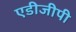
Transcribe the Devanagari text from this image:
एडीजीपी